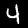
Digit: 4